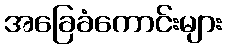
အခြေခံကောင်းများ